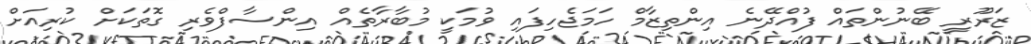
ޒަރޫރީ ބޭނުންތައް ފުއްދޭނެ އިންތިޒާމް ހަމަޖެހިފައި ވުމަކީ މުބާރާތެއް އިންސާފްވެރި ގޮތަކަށް ކުރިއަށް